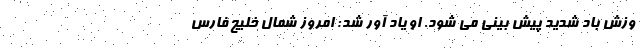
وزش باد شدید پیش بینی می شود. او یاد آور شد: امروز شمال خلیج فارس